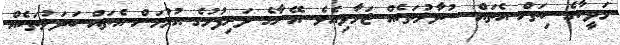
މަދީހާގެ ހިތަށް އެތައް ސުވާލުތަކެއް ޖަމާވިއެވެ. އޭނާގެ ދަރިފުޅުގެ އުޅުމަށް އެތައް ބަދަލުތަކެއް